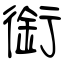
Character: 銜